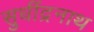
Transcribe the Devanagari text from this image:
सुधींद्रनाथ